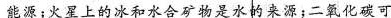
能源；火星上的冰和水合矿物是水的来源；二氧化碳可